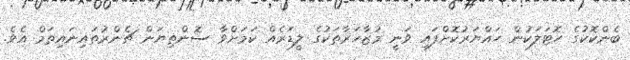
ބެންކޮކުގެ ހޮޓަލަކުން ހައްޔަރުކޮށްފައި ވަނީ މުޒާހަރާތަކުގެ ލީޑަރެއް ކަމަށްވާ ސޮންތިޔަން ޗެންރުތައިނައިތަމް އެވެ.